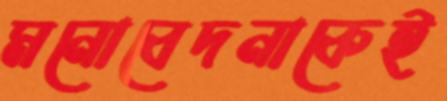
মনোবেদনাকেই